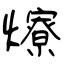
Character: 爎